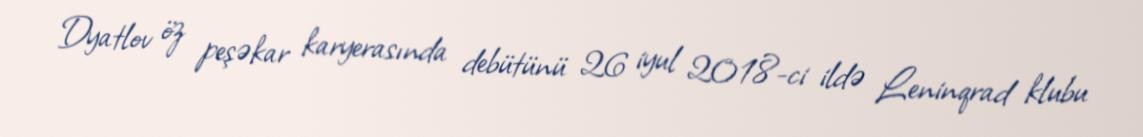
Dyatlov öz peşəkar karyerasında debütünü 26 iyul 2018-ci ildə Leninqrad klubu